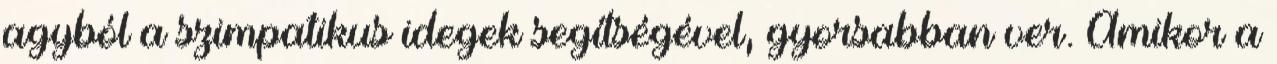
agyból a szimpatikus idegek segítségével, gyorsabban ver. Amikor a